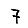
Digit: 7